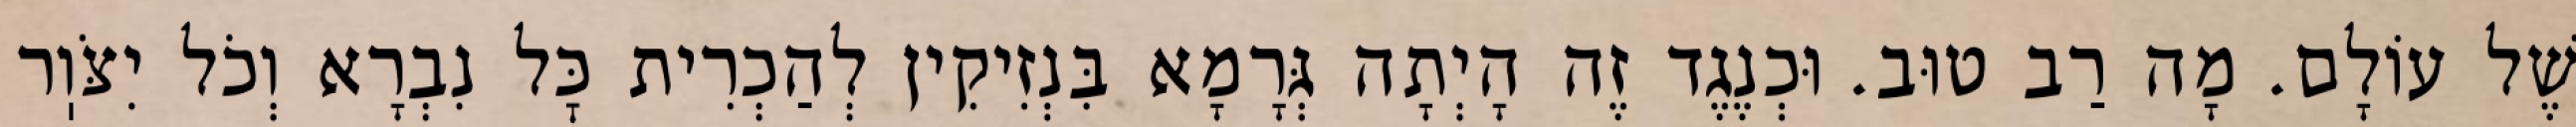
שֶׁל עוֹלָם. מָה רַב טוּב. וּכְנֶגֶד זֶה הָיְתָה גְּרָמָא בִּנְזִיקִין לְהַכְרִית כׇּל נִבְרָא וְכֹל יִצֹּוֽר